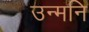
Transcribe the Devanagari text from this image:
उन्मनि